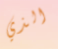
الذي